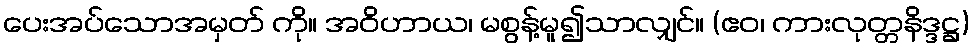
ပေးအပ်သောအမှတ် ကို။ အဝိဟာယ၊ မစွန့်မူ၍သာလျှင်။ (ဧဝ၊ ကားလုတ္တနိဒ္ဒဋ္ဌ)